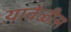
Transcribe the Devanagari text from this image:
यावेळीस